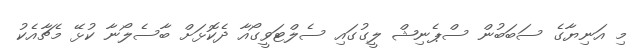
މި އަނިޔާގެ ސަބަބުން ސްޕެނިޝް ލީގުގައި ސެލްޓަވީގޯއާ ދެކޮޅަށް ބާސެލޯނާ ކުޅޭ މެޗާއެކު